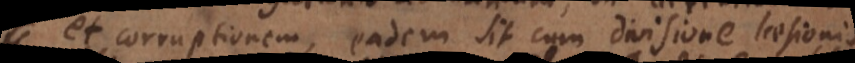
et corruptionem, eadem sit cum divisione laesionis